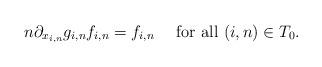
LaTeX: \begin{align*} n\partial_{x_{i,n}}g_{i,n} f_{i,n}=f_{i,n}\ \ \ \mbox{ for all } (i,n)\in T_0.\end{align*}